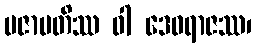
ပဇာပတိဿ ဝါ ဒေဝရာဇဿ၊